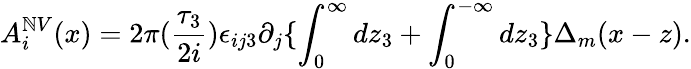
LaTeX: A_{i}^{\mathbb{N}V}(x)=2\pi(\frac{{\tau_{3}}}{{2i}})\epsilon_{ij3}\partial_{j}\{ \int_{0}^{\infty}dz_{3}+\int_{0}^{-\infty}dz_{3}\} \Delta_{m}(x-z).